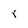
Character: r